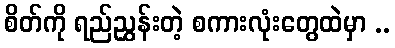
စိတ်ကို ရည်ညွှန်းတဲ့ စကားလုံးတွေထဲမှာ ..